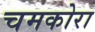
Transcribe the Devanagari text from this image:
चमकोरा